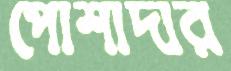
পোশাদার